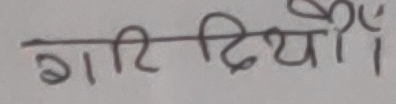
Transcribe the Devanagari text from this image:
गारिदियोँ।